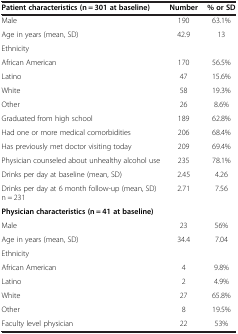
<table><thead><tr><td><b>Patient characteristics (n = 301 at baseline)</b></td><td><b>Number</b></td><td><b>% or SD</b></td></tr></thead><tbody><tr><td>Male</td><td>190</td><td>63.1%</td></tr><tr><td>Age in years (mean, SD)</td><td>42.9</td><td>13</td></tr><tr><td>Ethnicity</td><td> </td><td> </td></tr><tr><td>African American</td><td>170</td><td>56.5%</td></tr><tr><td>Latino</td><td>47</td><td>15.6%</td></tr><tr><td>White</td><td>58</td><td>19.3%</td></tr><tr><td>Other</td><td>26</td><td>8.6%</td></tr><tr><td>Graduated from high school</td><td>189</td><td>62.8%</td></tr><tr><td>Had one or more medical comorbidities</td><td>206</td><td>68.4%</td></tr><tr><td>Has previously met doctor visiting today</td><td>209</td><td>69.4%</td></tr><tr><td>Physician counseled about unhealthy alcohol use</td><td>235</td><td>78.1%</td></tr><tr><td>Drinks per day at baseline (mean, SD)</td><td>2.45</td><td>4.26</td></tr><tr><td>Drinks per day at 6 month follow-up (mean, SD) n = 231</td><td>2.71</td><td>7.56</td></tr><tr><td><b>Physician characteristics (n = 41 at baseline)</b></td><td> </td><td> </td></tr><tr><td>Male</td><td>23</td><td>56%</td></tr><tr><td>Age in years (mean, SD)</td><td>34.4</td><td>7.04</td></tr><tr><td>Ethnicity</td><td> </td><td> </td></tr><tr><td>African American</td><td>4</td><td>9.8%</td></tr><tr><td>Latino</td><td>2</td><td>4.9%</td></tr><tr><td>White</td><td>27</td><td>65.8%</td></tr><tr><td>Other</td><td>8</td><td>19.5%</td></tr><tr><td>Faculty level physician</td><td>22</td><td>53%</td></tr></tbody></table>